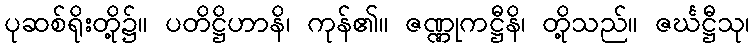
ပုဆစ်ရိုးတို့၌။ ပတိဋ္ဌိဟာနိ၊ ကုန်၏။ ဇဏ္ဏုကဋ္ဌီနိ၊ တို့သည်။ ဇင်္ဃဋ္ဌီသု၊